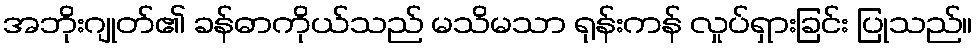
အဘိုးဂျုတ်၏ ခန်ဓာကိုယ်သည် မသိမသာ ရုန်းကန် လှုပ်ရှားခြင်း ပြုသည်။